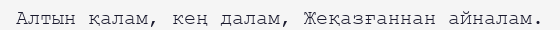
Алтын қалам, кең далам, Жеқазғаннан айналам.